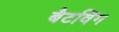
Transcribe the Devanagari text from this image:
बैटविंग